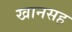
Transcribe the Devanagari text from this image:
खानसह